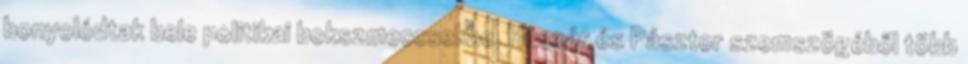
bonyolódtak bele politikai bokszmeccsekbe. Huszár és Pásztor szemszögéből több